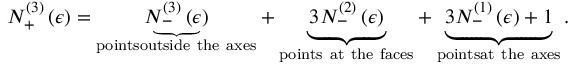
N _ { + } ^ { \left( 3 \right) } \left( \epsilon \right) = \underset { \mathrm { p o i n t s o u t s i d e ~ t h e ~ a x e s } } { \underbrace { N _ { - } ^ { \left( 3 \right) } \left( \epsilon \right) } } + \underset { \mathrm { p o i n t s ~ a t ~ t h e ~ f a c e s } } { \underbrace { 3 N _ { - } ^ { \left( 2 \right) } \left( \epsilon \right) } } + \underset { \mathrm { p o i n t s a t ~ t h e ~ a x e s } } { \underbrace { 3 N _ { - } ^ { \left( 1 \right) } \left( \epsilon \right) + 1 } } \, .